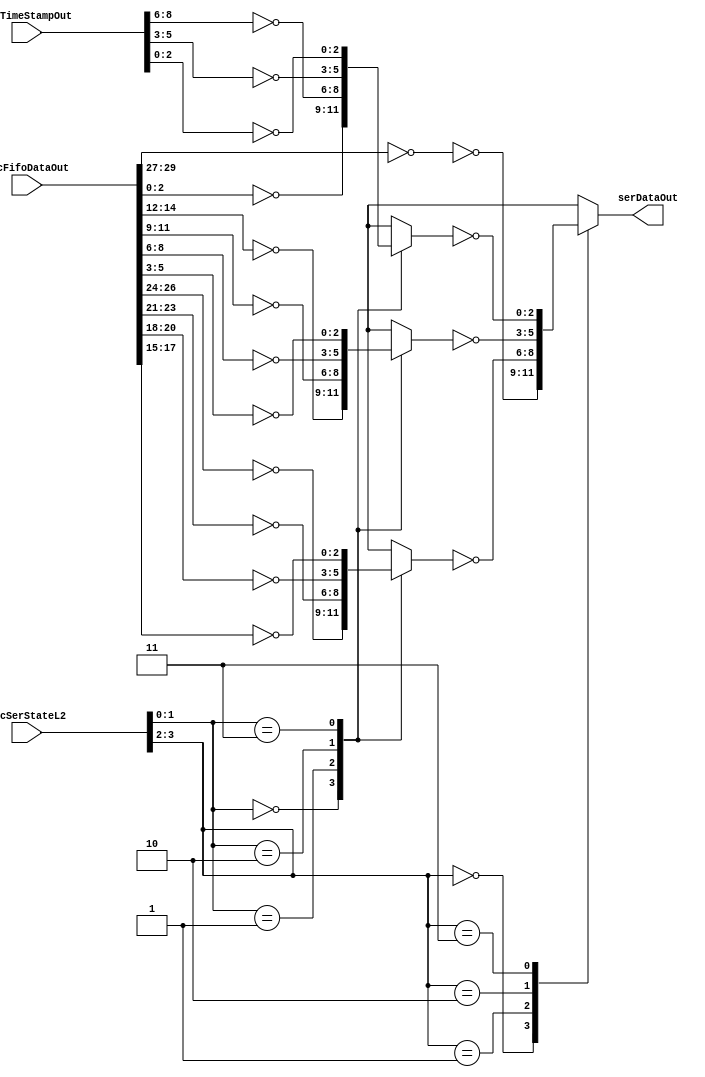
// 
// ************************************************************************** 
// 
//  Copyright (c) International Business Machines Corporation, 2005. 
// 
//  This file contains trade secrets and other proprietary and confidential 
//  information of International Business Machines Corporation which are 
//  protected by copyright and other intellectual property rights and shall 
//  not be reproduced, transferred to other documents, disclosed to others, 
//  or used for any purpose except as specifically authorized in writing by 
//  International Business Machines Corporation. This notice must be 
//  contained as part of this text at all times. 
// 
// ************************************************************************** 
//

module p405s_trcSerializer( serDataOut, trcFifoDataOut, trcSerStateL2,
     trcTimeStampOut );



output [0:2]  serDataOut;


input [0:29] trcFifoDataOut;
input [0:8]  trcTimeStampOut;
input [0:3]  trcSerStateL2;

// Buses in the design

reg [0:2] serDataOut_i;

reg  [0:2]  serMux1b;

reg  [0:2]  serMux1a;

reg  [0:2]  serMux0a;

wire  [0:2]  trcFifoDataOut_Neg;

assign serDataOut = serDataOut_i;

//Removed the module dp_logTRC_invFifoData02
assign trcFifoDataOut_Neg = ~trcFifoDataOut[0:2];

//Removed the module dp_muxTRC_serMux2 
always @(trcSerStateL2 or trcFifoDataOut_Neg or serMux0a or serMux1a or serMux1b) 
  begin: dp_muxTRC_serMux2_PROC				    
    case(trcSerStateL2[0:1])    		    	  
      2'b00: serDataOut_i = ~trcFifoDataOut_Neg;   
      2'b01: serDataOut_i = ~serMux0a;   
      2'b10: serDataOut_i = ~serMux1a;   
      2'b11: serDataOut_i = ~serMux1b;   
      default: serDataOut_i = 3'bx;   
    endcase                                    
  end // dp_muxTRC_serMux2_PROC                                        

//Removed the module dp_muxTRC_serMux1b 
always @(trcSerStateL2 or trcFifoDataOut or trcTimeStampOut) 
  begin: dp_muxTRC_serMux1b_PROC				    
    case(trcSerStateL2[2:3])    		    	  
      2'b00: serMux1b = ~trcFifoDataOut[27:29];   
      2'b01: serMux1b = ~trcTimeStampOut[0:2];   
      2'b10: serMux1b = ~trcTimeStampOut[3:5];   
      2'b11: serMux1b = ~trcTimeStampOut[6:8];   
      default: serMux1b = 3'bx;   
    endcase                                    
  end // dp_muxTRC_serMux1b_PROC                                        

//Removed the module dp_muxTRC_serMux1a 
always @(trcSerStateL2 or trcFifoDataOut) 
  begin: dp_muxTRC_serMux1a_PROC				    
    case(trcSerStateL2[2:3])    		    	  
      2'b00: serMux1a = ~trcFifoDataOut[15:17];   
      2'b01: serMux1a = ~trcFifoDataOut[18:20];   
      2'b10: serMux1a = ~trcFifoDataOut[21:23];   
      2'b11: serMux1a = ~trcFifoDataOut[24:26];   
      default: serMux1a = 3'bx;   
    endcase                                    
  end // dp_muxTRC_serMux1a_PROC                                        

//Removed the module dp_muxTRC_serMux0a 
always @(trcSerStateL2 or trcFifoDataOut) 
  begin: dp_muxTRC_serMux0a_PROC				    
    case(trcSerStateL2[2:3])    		    	  
      2'b00: serMux0a = ~trcFifoDataOut[3:5];   
      2'b01: serMux0a = ~trcFifoDataOut[6:8];   
      2'b10: serMux0a = ~trcFifoDataOut[9:11];   
      2'b11: serMux0a = ~trcFifoDataOut[12:14];   
      default: serMux0a = 3'bx;   
    endcase                                    
  end // dp_muxTRC_serMux0a_PROC                                        

endmodule